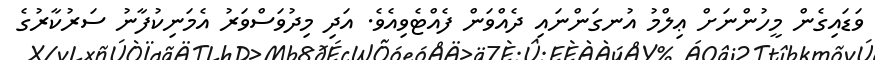
ވަޑައިގެން މީހުންނަށް ޢިލްމު އުނގަންނައި ދެއްވަން ފެއްޓެވިއެވެ. އަދި މިދުވަސްވަރު އެމަނިކުފާނު ސަރުކާރުގެ